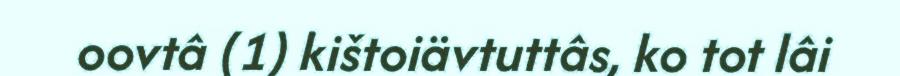
oovtâ (1) kištoiävtuttâs, ko tot lâi